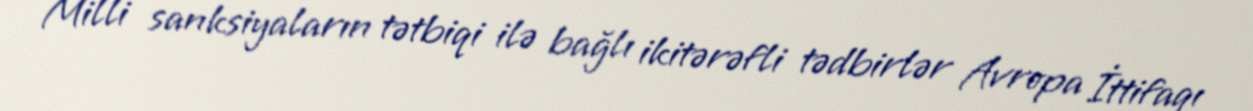
Milli sanksiyaların tətbiqi ilə bağlı ikitərəfli tədbirlər Avropa İttifaqı